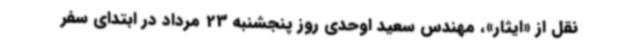
نقل از «ایثار»، مهندس سعید اوحدی روز پنجشنبه 23 مرداد در ابتدای سفر